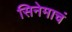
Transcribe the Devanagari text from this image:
सिनेमाचं